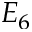
E _ { 6 }